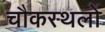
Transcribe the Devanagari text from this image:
चौकस्थलों